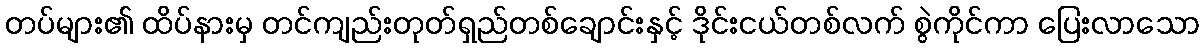
တပ်များ၏ ထိပ်နားမှ တင်ကျည်းတုတ်ရှည်တစ်ချောင်းနှင့် ဒိုင်းငယ်တစ်လက် စွဲကိုင်ကာ ပြေးလာသော